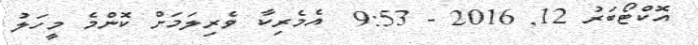
އޮކްޓޯބަރު 12